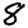
Digit: 8